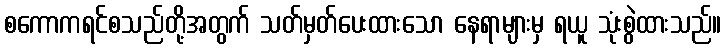
စကောကရင်စသည်တို့အတွက် သတ်မှတ်ပေးထားသော နေရာများမှ ရယူ သုံးစွဲထားသည်။